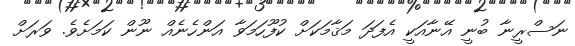
ނަސްރީނާ ބުނީ އޭނާއަކީ އެފަދަ މަޤާމަކަށް ކުފޫހަމަވާ އަންހެނެއް ނޫން ކަމަށެވެ. ވަރަށް